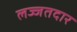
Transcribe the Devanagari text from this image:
लज्जतदार